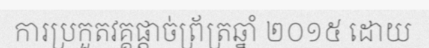
ការប្រកួតវគ្គផ្តាច់ព្រ័ត្រឆ្នាំ ២០១៥ ដោយ